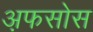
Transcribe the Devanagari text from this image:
अ़फसोस